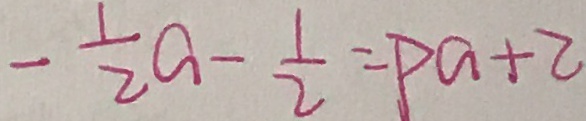
- \frac { 1 } { 2 } a - \frac { 1 } { 2 } = P a + 2